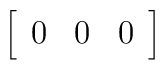
\left[ \begin{array}{ccc}0 & 0 & 0 \end{array}\right]